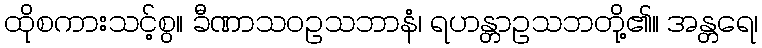
ထိုစကားသင့်စွ။ ခီဏာသဝဥသဘာနံ၊ ရဟန္တာဥသဘတို့၏။ အန္တရေ၊